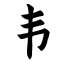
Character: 韦